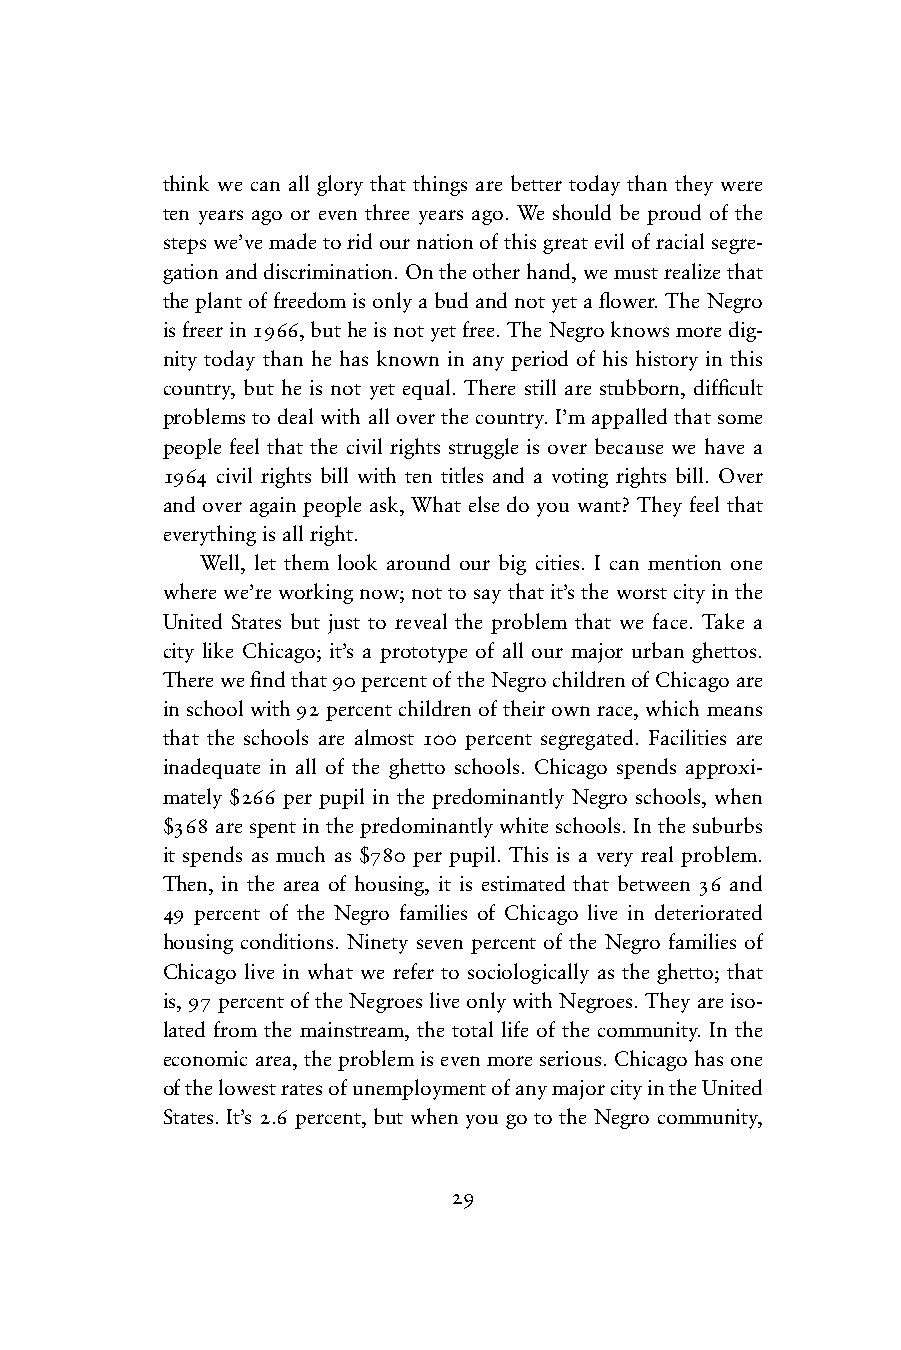
think we can all glory that things are better today than they were
 ten years ago or even three years ago. We should be proud of the
 steps we’ve made to rid our nation of this great evil of racial segre-
 gation and discrimination. On the other hand, we must realize that
 the plant of freedom is only a bud and not yet a fl ower. The Negro
 is freer in 1966, but he is not yet free. The Negro knows more dig-
 nity today than he has known in any period of his history in this
 country, but he is not yet equal. There still are stubborn, diffi cult
 problems to deal with all over the country. I’m appalled that some
 people feel that the civil rights struggle is over because we have a
 1964 civil rights bill with ten titles and a voting rights bill. Over
 and over again people ask, What else do you want? They feel that
 everything is all right.
 Well, let them look around our big cities. I can mention one
 where we’re working now; not to say that it’s the worst city in the
 United States but just to reveal the problem that we face. Take a
 city like Chicago; it’s a prototype of all our major urban ghettos.
 There we fi nd that 90 percent of the Negro children of Chicago are
 in school with 92 percent children of their own race, which means
 that the schools are almost 100 percent segregated. Facilities are
 inadequate in all of the ghetto schools. Chicago spends approxi-
 mately $266 per pupil in the predominantly Negro schools, when
 $368 are spent in the predominantly white schools. In the suburbs
 it spends as much as $780 per pupil. This is a very real problem.
 Then, in the area of housing, it is estimated that between 36 and
 49 percent of the Negro families of Chicago live in deteriorated
 housing conditions. Ninety seven percent of the Negro families of
 Chicago live in what we refer to sociologically as the ghetto; that
 is, 97 percent of the Negroes live only with Negroes. They are iso-
 lated from the mainstream, the total life of the community. In the
 economic area, the problem is even more serious. Chicago has one
 of the lowest rates of unemployment of any major city in the United
 States. It’s 2.6 percent, but when you go to the Negro community,
 29